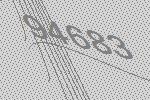
94683